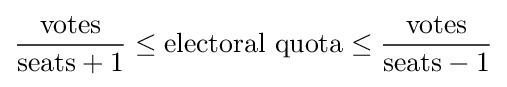
{\frac {\mbox{votes}}{{\mbox{seats}}+1}}\leq {\mbox{electoral quota}}\leq {\frac {\mbox{votes}}{{\mbox{seats}}-1}}